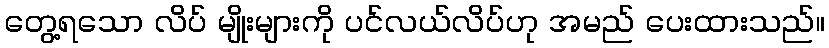
တွေ့ရသော လိပ် မျိုးများကို ပင်လယ်လိပ်ဟု အမည် ပေးထားသည်။